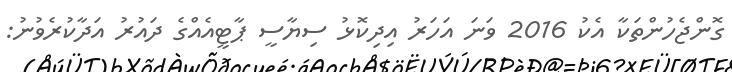
ގޮންޖެހުންތަކާ އެކު 2016 ވަނަ އަހަރު އިދިކޮޅު ސިޔާސީ ޕާޓީއެއްގެ ދައުރު އަދާކުރެވުނު: